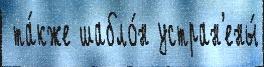
 та́кже шабло́н устран'ены́